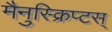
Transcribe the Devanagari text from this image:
मैनुस्क्रिप्टस्‌